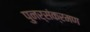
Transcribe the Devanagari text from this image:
पुनर्संक्रमण